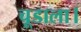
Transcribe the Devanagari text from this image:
चूडाला।